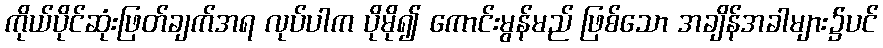
ကိုယ်ပိုင်ဆုံးဖြတ်ချက်အရ လုပ်ပါက ပိုမို၍ ကောင်းမွန်မည် ဖြစ်သော အချိန်အခါများ၌ပင်